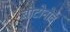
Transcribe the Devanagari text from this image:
बोटोनोव